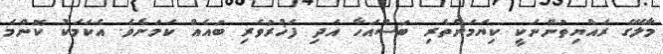
މާލޭގެ ރައްޔިތުންނަކީ ކިޔަމަންތެރި ބަސްއަހާ އަދި ފަޚުރުވެރި ބައެއް ކަމަށެވެ. އެކަމަކު ކޮންމެ